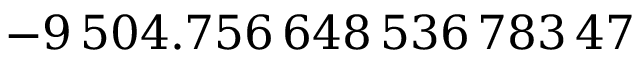
- 9 \, 5 0 4 . 7 5 6 \, 6 4 8 \, 5 3 6 \, 7 8 3 \, 4 7